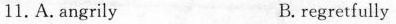
11. A.angrily B.regretfully